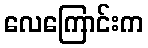
လေကြောင်းက